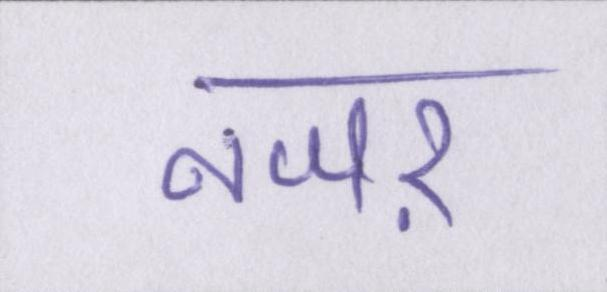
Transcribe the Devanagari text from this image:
नजऱ